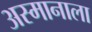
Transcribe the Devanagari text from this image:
अस्मानाला